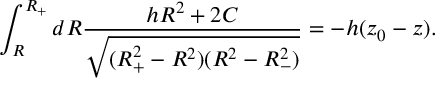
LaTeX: \int _ { R } ^ { R _ { + } } d R \frac { h R ^ { 2 } + 2 C } { \sqrt { ( R _ { + } ^ { 2 } - R ^ { 2 } ) ( R ^ { 2 } - R _ { - } ^ { 2 } ) } } = - h ( z _ { 0 } - z ) .